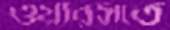
ওয়ারসতে